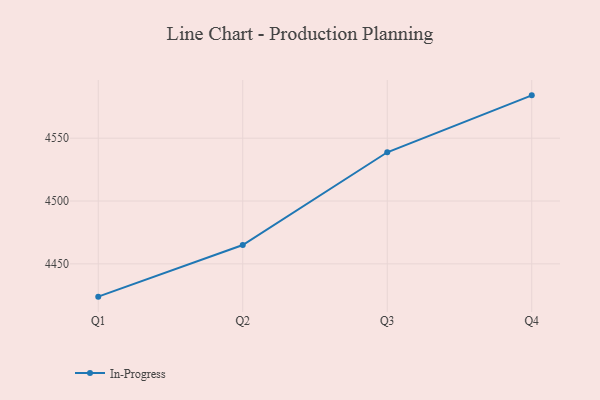
{"axis": {"x": "Quarter", "y": "Temperature (°C)"}, "legend": ["In-Progress"], "data": [{"x": "Q1", "y": 4423.9, "type": "In-Progress"}, {"x": "Q2", "y": 4465.0, "type": "In-Progress"}, {"x": "Q3", "y": 4538.8, "type": "In-Progress"}, {"x": "Q4", "y": 4584.1, "type": "In-Progress"}]}